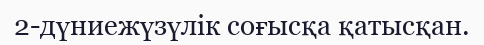
2-дүниежүзүлік соғысқа қатысқан.